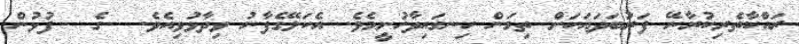
ރައްކާތެރިކުރާނޭ ފަރުބަދައަކަށް ތިމަން ހިނގައިދާހުށީމެވެ. އެކަލޭގެފާނު ވިދާޅުވިއެވެ.  ގެ  ފުޅުން